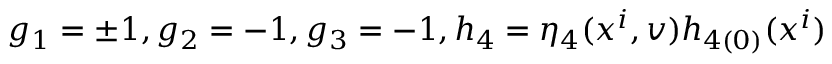
g _ { 1 } = \pm 1 , g _ { 2 } = - 1 , g _ { 3 } = - 1 , h _ { 4 } = \eta _ { 4 } ( x ^ { i } , v ) h _ { 4 ( 0 ) } ( x ^ { i } )